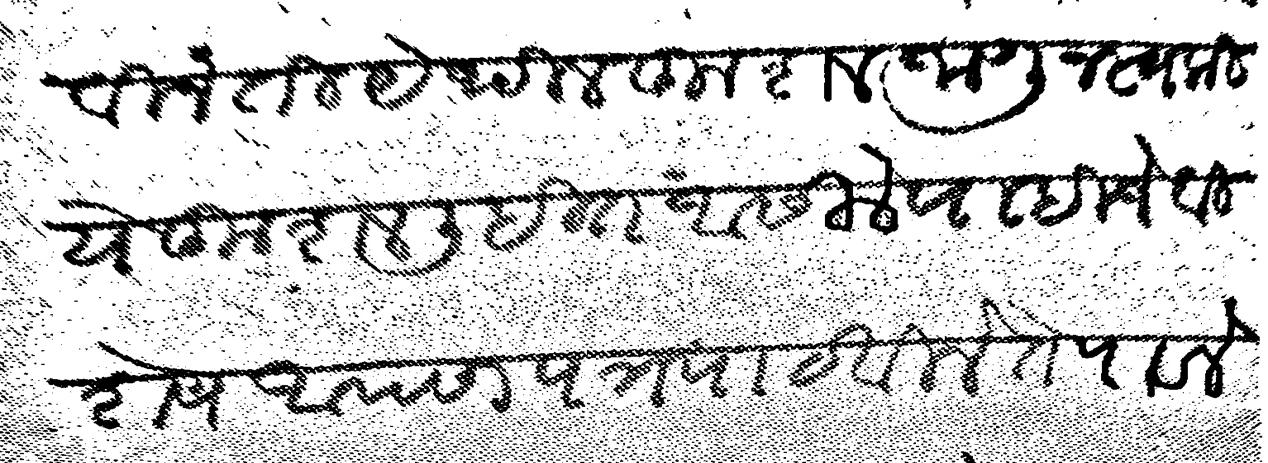
Transliteration (Devanagari): विनंती येथील कुशल जाणून स्वकीये कुशल लिहित आसीले पाहिजे विशेष आपण पत्र पाटविले ते पावले